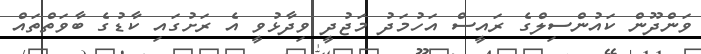
ވަންދޫން ކައުންސިލްގެ ރައީސް އަހުމަދު މަޖުދީ ވިދާޅުވީ އެ ރަށުގައި ކާޑުގެ ބާވަތްތައް